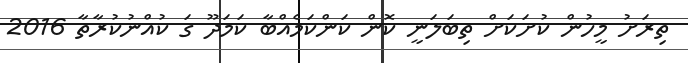
ތިރަށު މީހުން ކުށަކަށް ތިބަލަނީ ކޮން ކަންކަމެއްބާ ކަމަދޫ ގަ ކުއްނުކުރާތާ 2016